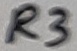
Text: R3